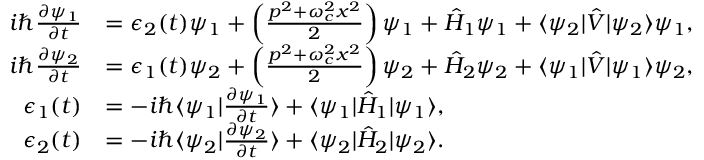
\begin{array} { r l } { i \hbar \frac { \partial \psi _ { 1 } } { \partial t } } & { = \epsilon _ { 2 } ( t ) \psi _ { 1 } + \left( \frac { p ^ { 2 } + \omega _ { c } ^ { 2 } x ^ { 2 } } { 2 } \right) \psi _ { 1 } + \hat { H } _ { 1 } \psi _ { 1 } + \langle \psi _ { 2 } | \hat { V } | \psi _ { 2 } \rangle \psi _ { 1 } , } \\ { i \hbar \frac { \partial \psi _ { 2 } } { \partial t } } & { = \epsilon _ { 1 } ( t ) \psi _ { 2 } + \left( \frac { p ^ { 2 } + \omega _ { c } ^ { 2 } x ^ { 2 } } { 2 } \right) \psi _ { 2 } + \hat { H } _ { 2 } \psi _ { 2 } + \langle \psi _ { 1 } | \hat { V } | \psi _ { 1 } \rangle \psi _ { 2 } , } \\ { \epsilon _ { 1 } ( t ) } & { = - i \hbar \langle \psi _ { 1 } | \frac { \partial \psi _ { 1 } } { \partial t } \rangle + \langle \psi _ { 1 } | \hat { H } _ { 1 } | \psi _ { 1 } \rangle , } \\ { \epsilon _ { 2 } ( t ) } & { = - i \hbar \langle \psi _ { 2 } | \frac { \partial \psi _ { 2 } } { \partial t } \rangle + \langle \psi _ { 2 } | \hat { H } _ { 2 } | \psi _ { 2 } \rangle . } \end{array}